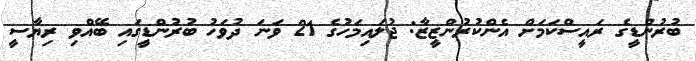
ބުރުންޑީގެ ރައީސްކަމަށް އެންކުރުންޒީޒާ: ޖުލައިމަހުގެ 21 ވަނަ ދުވަހު ބުރުންޑީގައި ބޭއްވި ރިޔާސީ